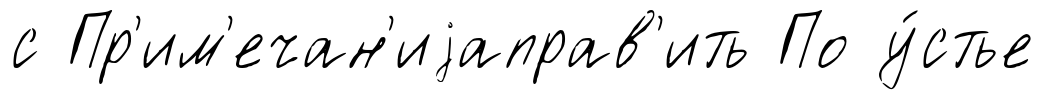
с Пр'им'ечан'иjаправ'ить По у́стье